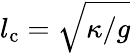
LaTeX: l_{\mathrm{c}}=\sqrt{\kappa/g}